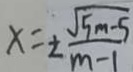
x = \pm \frac { \sqrt { 5 m - 5 } } { m - 1 }